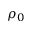
\rho _ { 0 }